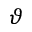
\vartheta